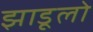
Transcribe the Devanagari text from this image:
झाडूलो